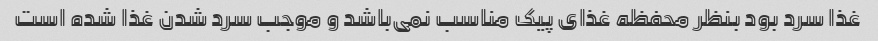
غذا سرد بود بنظر محفظه غذای پیک مناسب نمی‌باشد و موجب سرد شدن غذا شده است